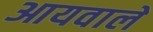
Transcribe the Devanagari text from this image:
आयवाले